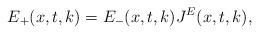
LaTeX: \begin{align*} E_{+}(x,t,k)=E_{-}(x,t,k)J^{E}(x,t,k), \end{align*}